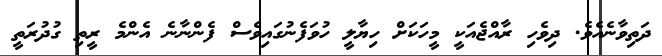
ދަތިވާނެއެވެ. ދިވެހި ރާއްޖެއަކީ މީހަކަށް ހިޔާލީ ހުވަފެނުގައިވެސް ފެންނާނެ އެންމެ ރީތި ގުދުރަތީ